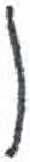
אות: ו